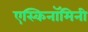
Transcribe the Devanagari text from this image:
एस्किनॉमिनी